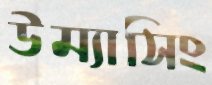
উম্যাসিং